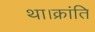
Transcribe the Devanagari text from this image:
था।क्रांति